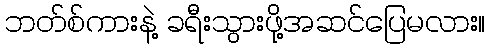
ဘတ်စ်ကားနဲ့ ခရီးသွားဖို့အဆင်ပြေမလား။